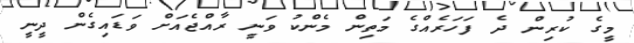
މީގެ ކުރިން ދެ ފަހަރެއްގެ މަތިން މެންކު ވަނީ ރާއްޖެއަށް ވަޑައިގެން ދީނީ